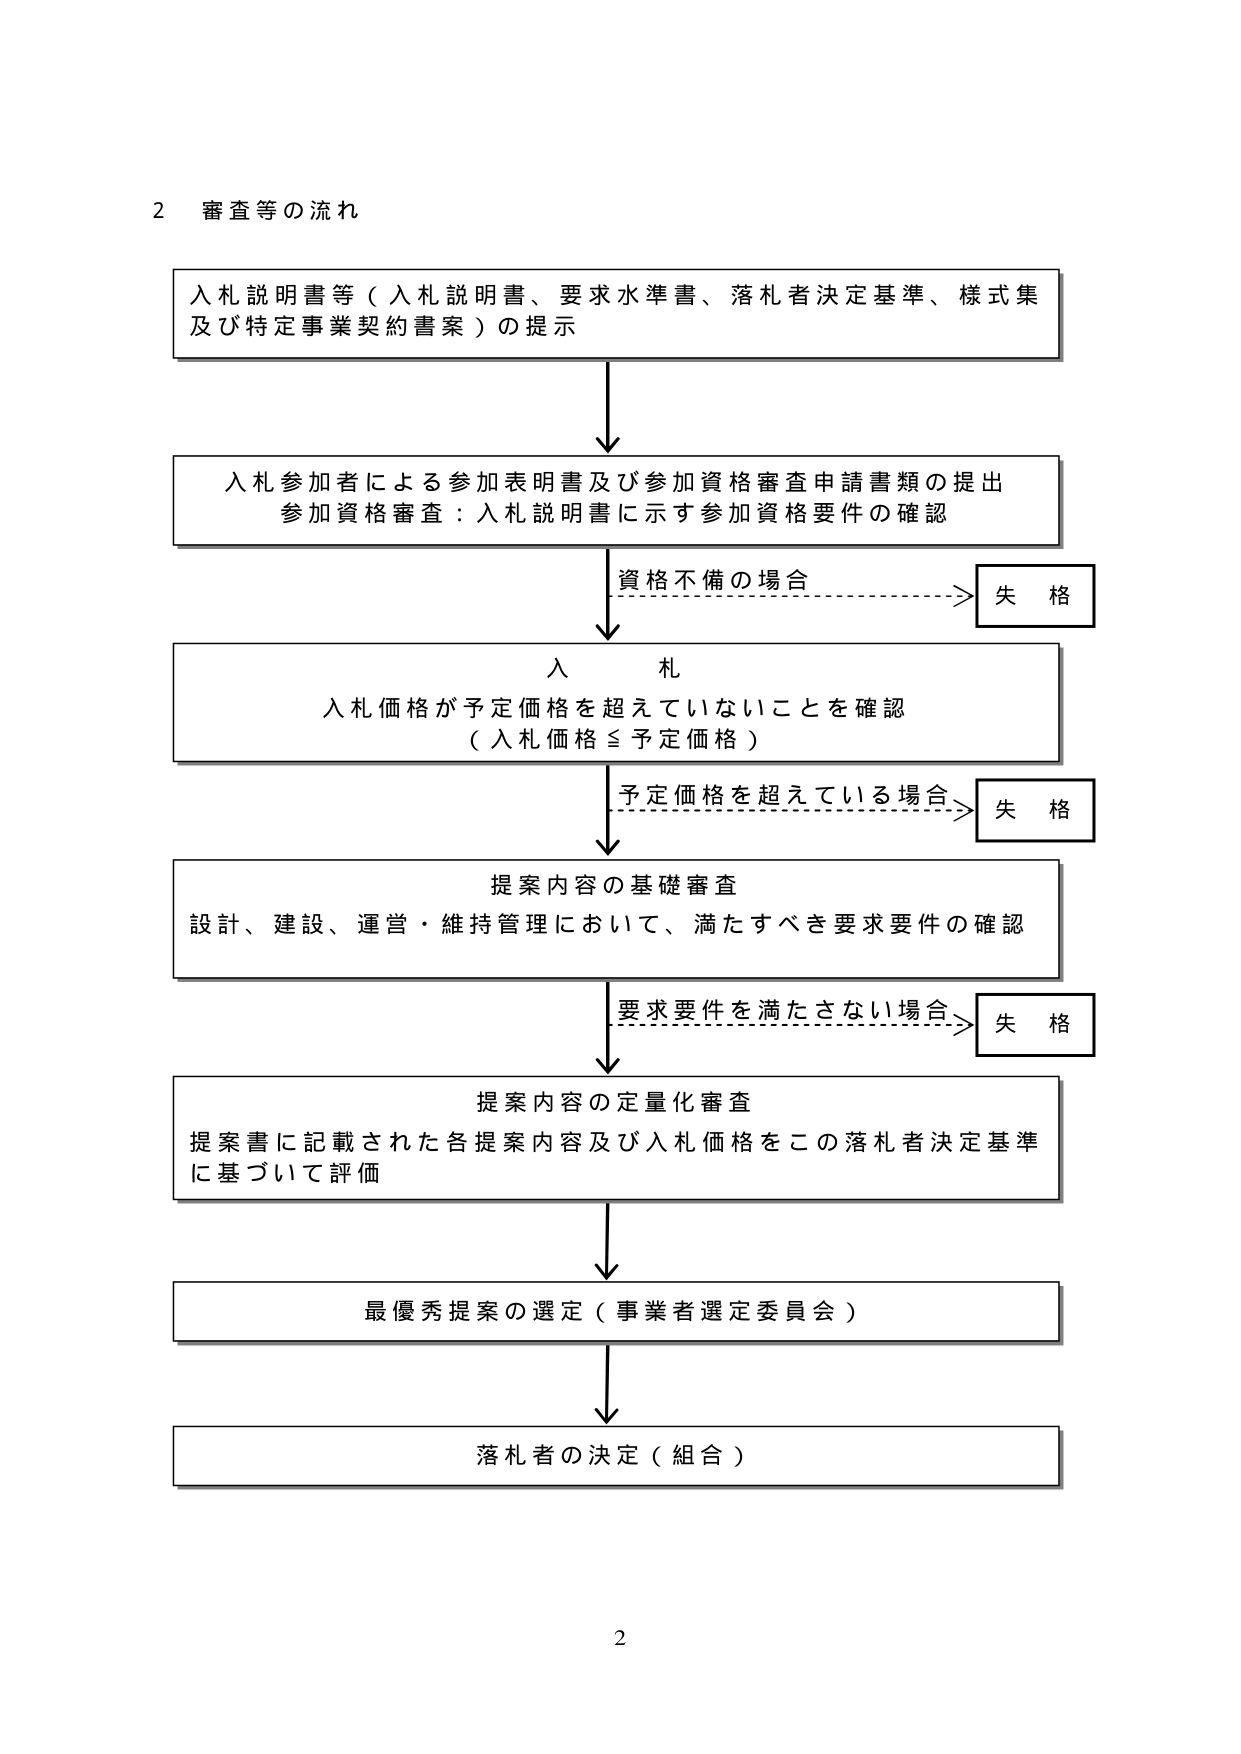
2 審査等の流れ

入札説明書等（入札説明書、要求水準書、落札者決定基準、様式集及び特定事業契約書案）の提示

入札参加者による参加表明書及び参加資格審査申請書類の提出
参加資格審査：入札説明書に示す参加資格要件の確認

資格不備の場合 → 失格

入札
入札価格が予定価格を超えていないことを確認
（入札価格 ≤ 予定価格）

予定価格を超えている場合 → 失格

提案内容の基礎審査
設計、建設、運営・維持管理において、満たすべき要求要件の確認

要求要件を満たさない場合 → 失格

提案内容の定量化審査
提案書に記載された各提案内容及び入札価格をこの落札者決定基準に基づいて評価

最優秀提案の選定（事業者選定委員会）

落札者の決定（組合）

2